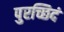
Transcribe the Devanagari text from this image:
पुरच्छिदं